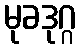
မုခဒုဂ္ဂ